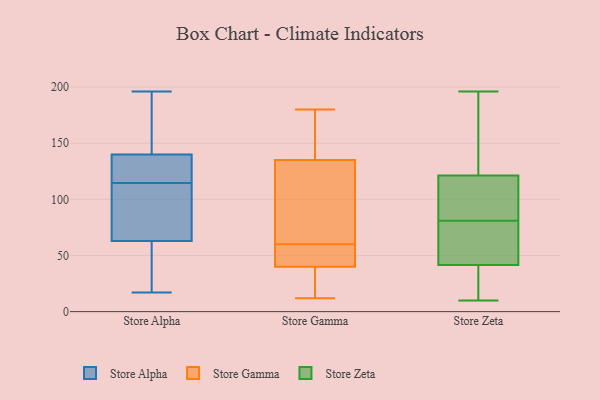
{"axis": {"x": "Headcount", "y": "Value"}, "legend": ["Store Alpha", "Store Gamma", "Store Zeta"], "data": [{"x": "", "y": 104, "type": "Store Alpha"}, {"x": "", "y": 37, "type": "Store Alpha"}, {"x": "", "y": 119, "type": "Store Alpha"}, {"x": "", "y": 62, "type": "Store Alpha"}, {"x": "", "y": 76, "type": "Store Alpha"}, {"x": "", "y": 17, "type": "Store Alpha"}, {"x": "", "y": 113, "type": "Store Alpha"}, {"x": "", "y": 117, "type": "Store Alpha"}, {"x": "", "y": 63, "type": "Store Alpha"}, {"x": "", "y": 196, "type": "Store Alpha"}, {"x": "", "y": 116, "type": "Store Alpha"}, {"x": "", "y": 192, "type": "Store Alpha"}, {"x": "", "y": 188, "type": "Store Alpha"}, {"x": "", "y": 34, "type": "Store Alpha"}, {"x": "", "y": 124, "type": "Store Alpha"}, {"x": "", "y": 81, "type": "Store Alpha"}, {"x": "", "y": 140, "type": "Store Alpha"}, {"x": "", "y": 160, "type": "Store Alpha"}, {"x": "", "y": 139, "type": "Store Gamma"}, {"x": "", "y": 104, "type": "Store Gamma"}, {"x": "", "y": 39, "type": "Store Gamma"}, {"x": "", "y": 62, "type": "Store Gamma"}, {"x": "", "y": 12, "type": "Store Gamma"}, {"x": "", "y": 131, "type": "Store Gamma"}, {"x": "", "y": 47, "type": "Store Gamma"}, {"x": "", "y": 129, "type": "Store Gamma"}, {"x": "", "y": 17, "type": "Store Gamma"}, {"x": "", "y": 54, "type": "Store Gamma"}, {"x": "", "y": 41, "type": "Store Gamma"}, {"x": "", "y": 147, "type": "Store Gamma"}, {"x": "", "y": 154, "type": "Store Gamma"}, {"x": "", "y": 50, "type": "Store Gamma"}, {"x": "", "y": 173, "type": "Store Gamma"}, {"x": "", "y": 18, "type": "Store Gamma"}, {"x": "", "y": 39, "type": "Store Gamma"}, {"x": "", "y": 58, "type": "Store Gamma"}, {"x": "", "y": 93, "type": "Store Gamma"}, {"x": "", "y": 180, "type": "Store Gamma"}, {"x": "", "y": 121, "type": "Store Zeta"}, {"x": "", "y": 122, "type": "Store Zeta"}, {"x": "", "y": 45, "type": "Store Zeta"}, {"x": "", "y": 60, "type": "Store Zeta"}, {"x": "", "y": 10, "type": "Store Zeta"}, {"x": "", "y": 88, "type": "Store Zeta"}, {"x": "", "y": 48, "type": "Store Zeta"}, {"x": "", "y": 154, "type": "Store Zeta"}, {"x": "", "y": 10, "type": "Store Zeta"}, {"x": "", "y": 81, "type": "Store Zeta"}, {"x": "", "y": 95, "type": "Store Zeta"}, {"x": "", "y": 77, "type": "Store Zeta"}, {"x": "", "y": 31, "type": "Store Zeta"}, {"x": "", "y": 12, "type": "Store Zeta"}, {"x": "", "y": 196, "type": "Store Zeta"}, {"x": "", "y": 90, "type": "Store Zeta"}, {"x": "", "y": 142, "type": "Store Zeta"}]}